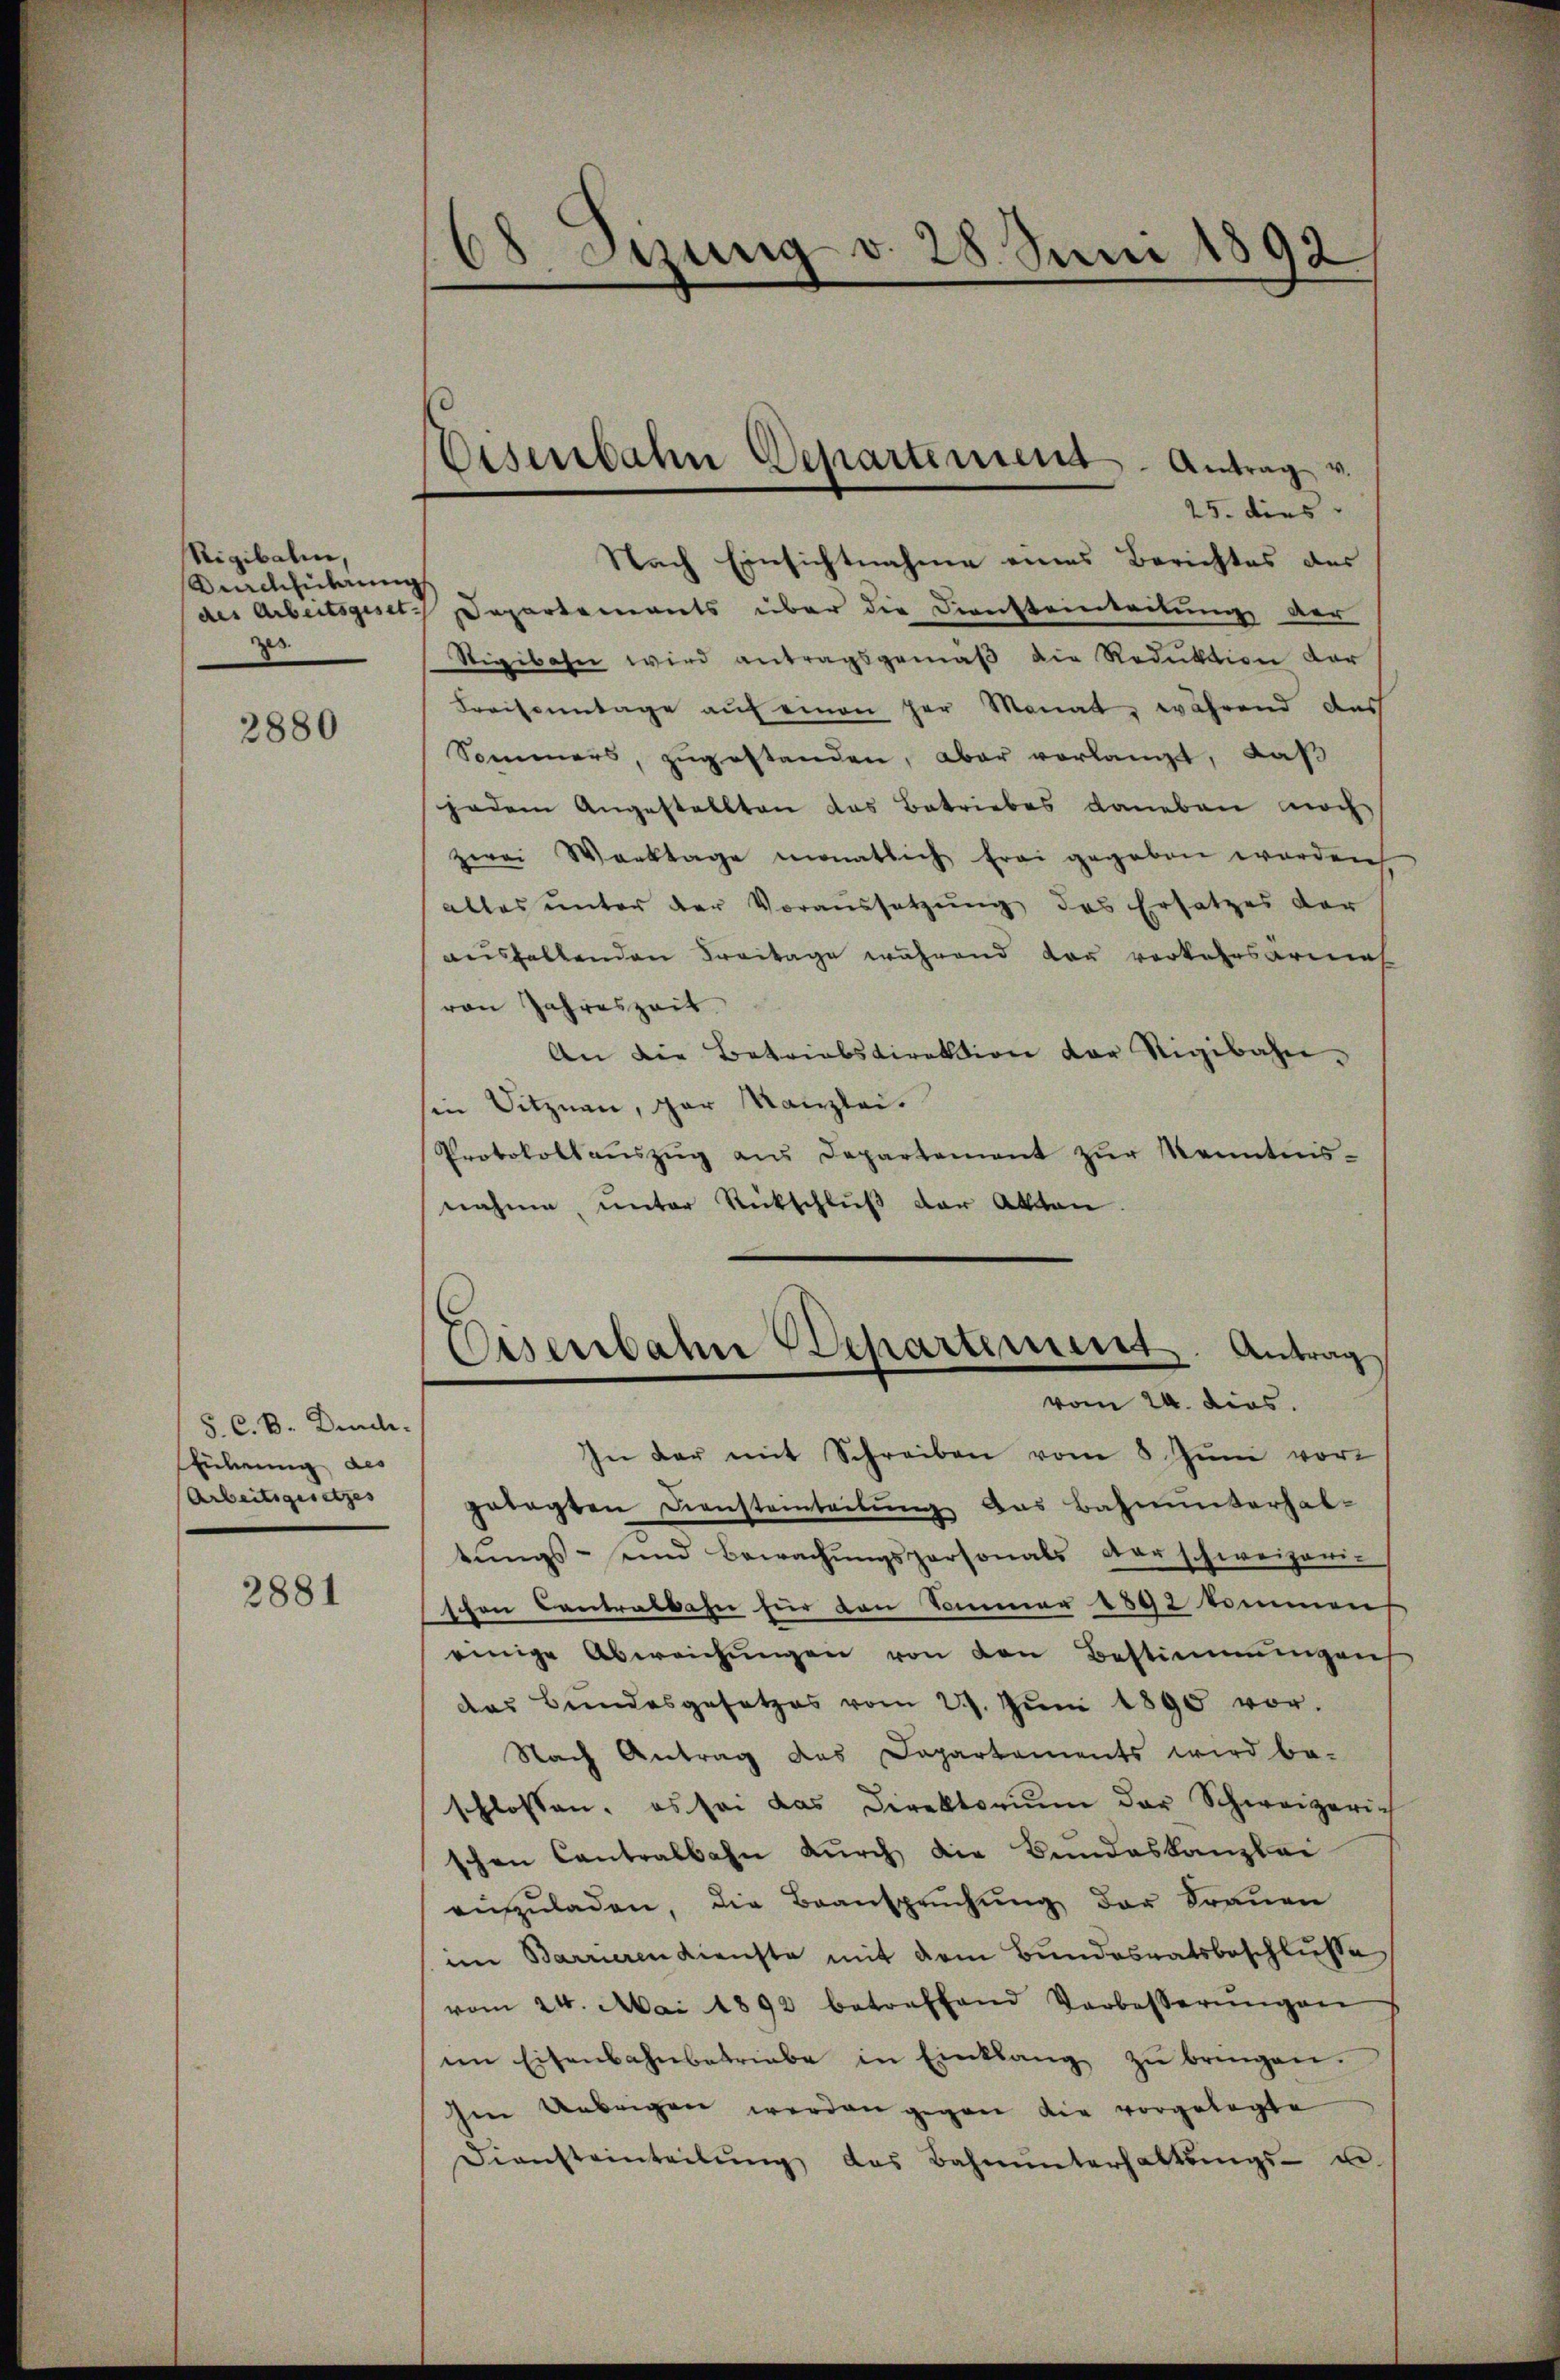
Rigibalen,
Kurchführung
23

3880

S. C. B. Dec.
Führung des
Arbeitsgesetzes

2881

25. dies
Nach Einsichtnahme eines Berichtes des
des Arbeitsgeset Departements über die Diensteinteilung der
Stigibahn wird antragsgemäβ die Reduktion der
Kraisonntage auf einen her Monat, während das
Sommers, zugestanden, aber vorlangt, daß
jedem Angestellten das Betriebes daneben noch
zwei Werktage monatlich frei gegeben worden
alles ŭnter der Voraŭssetzŭng des Ersatzes der
aushaltenden Freitage während dar verkehrsarmes
von Jahreszeit.
An die Betriebsdirektion der Rigibahnsie Sitznau, par Kanzlei.
Protokoll aŭszŭg ans Departement zŭr Kenntnis-
nahme, unter Rückschluß der Akten

8 Sizung d. 28. Juni 1892

Eisenbahn Departement-Antrag v.

Disenbahne Departiment. Antrag
vom 24. dies

In der mit Schreiben vom 8. Juni vor
getagten Diensteinteilŭng das Bahnunterhal-
tungs- und Bewachungspersonals der schweizeri-
schen Contralbahn für von Sommer 1892 kommen
einige Abweichŭngen von den Bestimmungen
das Bundesgesetzes vom 29. Jŭni 1895 vor.
Nach Antrag des Departements wird be-
schlossen, es sei das Direktoriŭm der Schweizeric
schen Cantralbahn durch die Bundeskanzlei
einzŭladen, die Beansprŭchŭng der Frauen
im Barrieren dienste mit dem Bundesratsbeschlusse
vom 24. Mai 1892 betreffend Verbesserŭngen
im Eisenbahnbetriebe in Einklang zŭ bringen.
hen Uebrigen werden gegen die vorgelegte
Diensteinteilŭng das Bahnŭnterhaltŭngs- u.